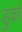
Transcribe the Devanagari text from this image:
डुको